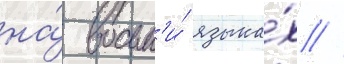
на́ восьм'и́ языка́х //